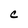
Character: C